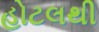
હોટલથી